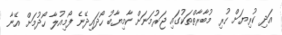
އަދި ކުރިޔަށް ހުރި މުބާރާތްތަކުގައި ޖަރުމަނަށް ކާމިޔާބު ހޯދައިދޭނެ ފޯމިއުލާ ހޯދުމަށް އޭނާ